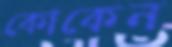
কোকেন